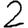
Digit: 2